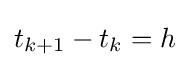
t_{k+1}-t_{k}=h